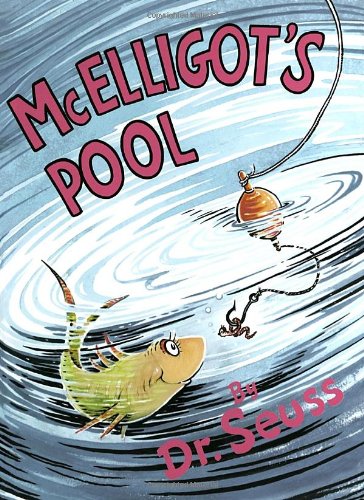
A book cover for McElligot's Pool (Classic Seuss); Dr. Seuss; Children's Books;